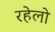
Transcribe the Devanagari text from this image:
रहेलो